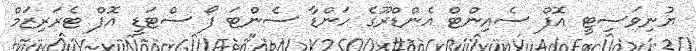
ޔުނިވަސިޓީ އޮފް ސެއިންޓް އެންޑްރޫގެ ހަންޑާ ސެންޓަ ފޯ ސްޓަޑީ އޮފް ޓެރަރިޒަމް